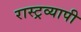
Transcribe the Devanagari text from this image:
रास्ट्रव्यापी